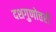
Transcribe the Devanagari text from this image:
दशगुणोत्तरी